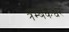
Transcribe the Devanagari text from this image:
त्रम्बकेश्वर